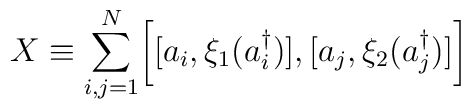
X \equiv\sum_{i,j=1}^N \biggl [ [a_i, \xi_1(a_i^\dagger ) ], [a_j,\xi_2(a_j^\dagger ) ]\biggr ]